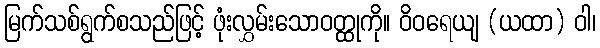
မြက်သစ်ရွက်စသည်ဖြင့် ဖုံးလွှမ်းသောဝတ္ထုကို။ ဝိဝရေယျ (ယထာ) ဝါ၊